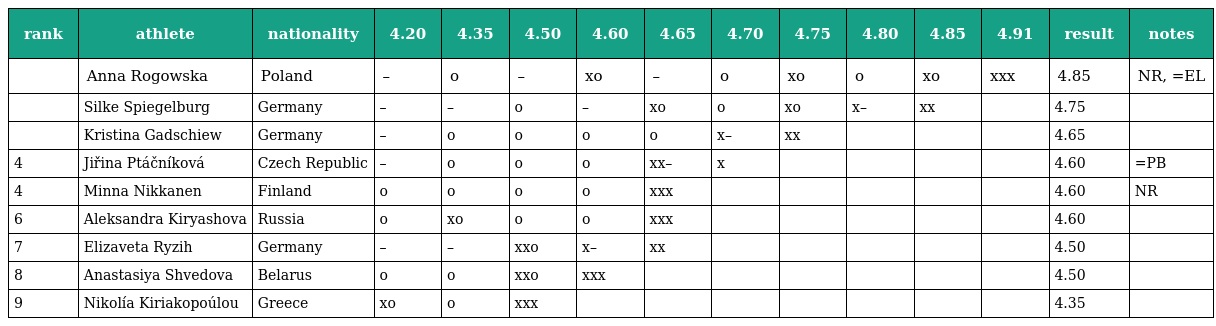
| rank | athlete | nationality | 4.20 | 4.35 | 4.50 | 4.60 | 4.65 | 4.70 | 4.75 | 4.80 | 4.85 | 4.91 | result | notes |
 | --- | --- | --- | --- | --- | --- | --- | --- | --- | --- | --- | --- | --- | --- | --- |
 |  | Anna Rogowska | Poland | – | o | – | xo | – | o | xo | o | xo | xxx | 4.85 | NR, =EL |
 |  | Silke Spiegelburg | Germany | – | – | o | – | xo | o | xo | x– | xx |  | 4.75 |  |
 |  | Kristina Gadschiew | Germany | – | o | o | o | o | x– | xx |  |  |  | 4.65 |  |
 | 4 | Jiřina Ptáčníková | Czech Republic | – | o | o | o | xx– | x |  |  |  |  | 4.60 | =PB |
 | 4 | Minna Nikkanen | Finland | o | o | o | o | xxx |  |  |  |  |  | 4.60 | NR |
 | 6 | Aleksandra Kiryashova | Russia | o | xo | o | o | xxx |  |  |  |  |  | 4.60 |  |
 | 7 | Elizaveta Ryzih | Germany | – | – | xxo | x– | xx |  |  |  |  |  | 4.50 |  |
 | 8 | Anastasiya Shvedova | Belarus | o | o | xxo | xxx |  |  |  |  |  |  | 4.50 |  |
 | 9 | Nikolía Kiriakopoúlou | Greece | xo | o | xxx |  |  |  |  |  |  |  | 4.35 |  |